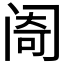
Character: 𬮮